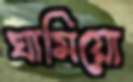
ঘামিয়ো